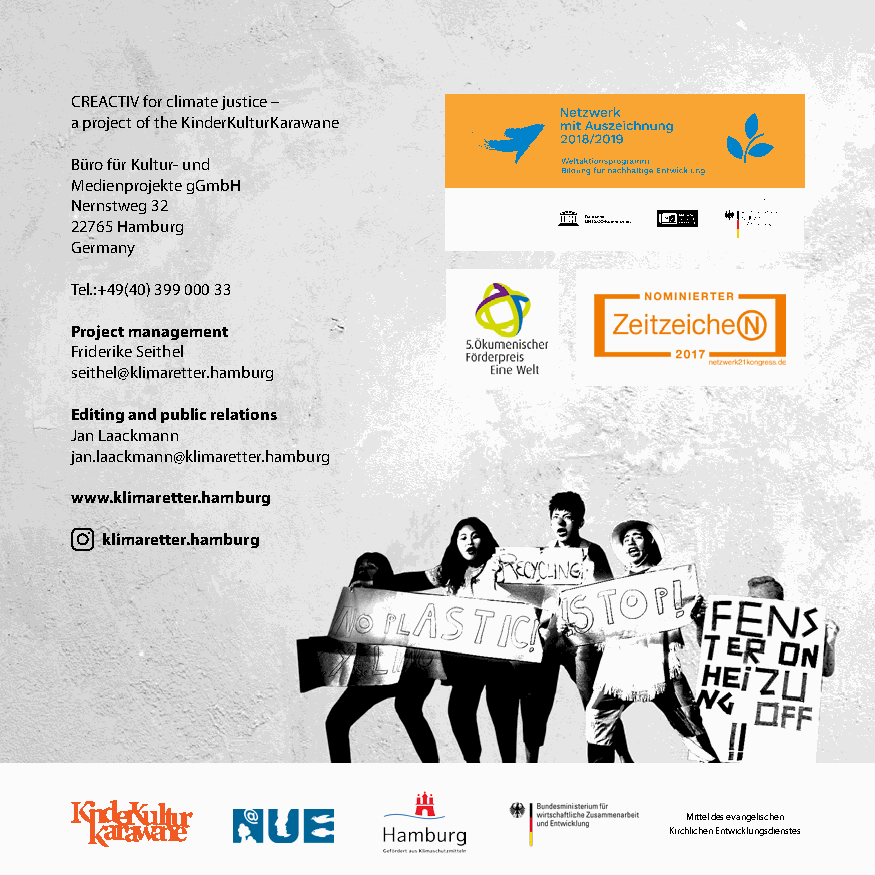
CREACTIV for climate justice –
 a project of the KinderKulturKarawane
 Büro für Kultur- und
 Medienprojekte gGmbH
 Nernstweg 32
 22765 Hamburg
 Germany
 Tel.:+49(40) 399 000 33
 Project management
 Friderike Seithel
 seithel@klimaretter.hamburg
 Editing and public relations
 Jan Laackmann
 jan.laackmann@klimaretter.hamburg
 www.klimaretter.hamburg
 klimaretter.hamburg
 Mittel des evangelischen
 Kirchlichen Entwicklungsdienstes